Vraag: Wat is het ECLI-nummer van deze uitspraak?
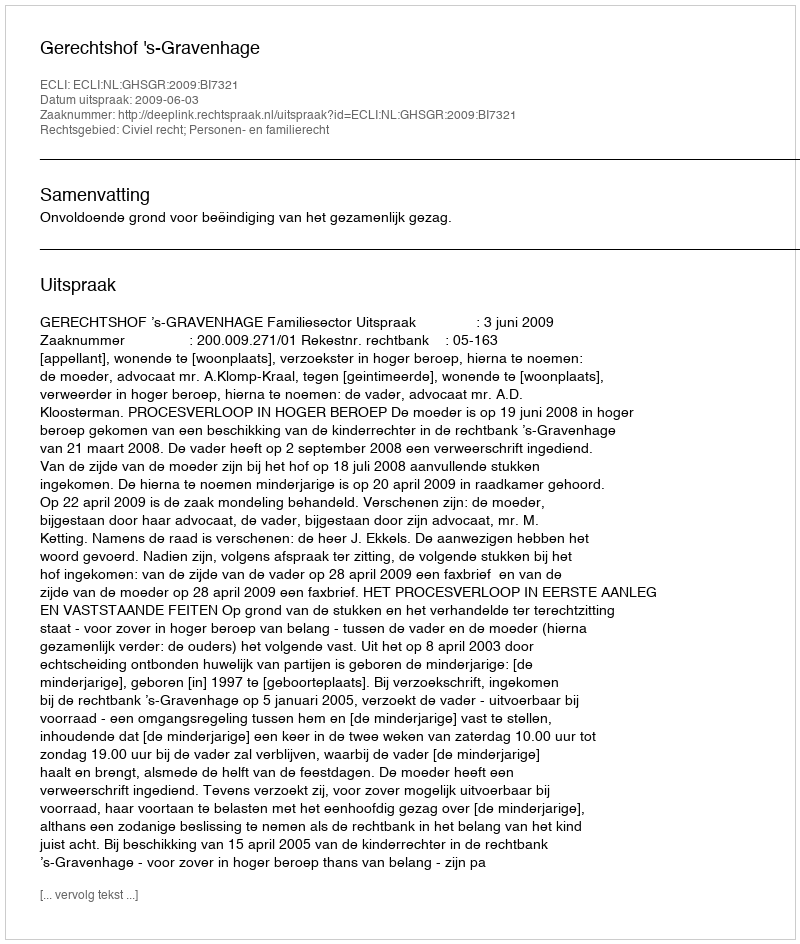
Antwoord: ECLI:NL:GHSGR:2009:BI7321